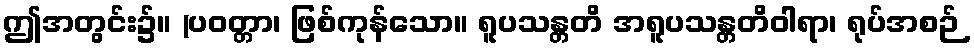
ဤအတွင်း၌။ (ပဝတ္တာ၊ ဖြစ်ကုန်သော။ ရူပသန္တတိ အရူပသန္တတိဝါရာ၊ ရုပ်အစဉ်